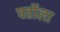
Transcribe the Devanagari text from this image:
पर्तोला